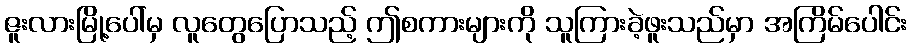
ဇူးလားမြို့ပေါ်မှ လူတွေပြောသည့် ဤစကားများကို သူကြားခဲ့ဖူးသည်မှာ အကြိမ်ပေါင်း